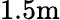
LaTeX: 1.5\mathrm{m}